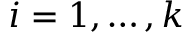
i = 1 , \ldots , k